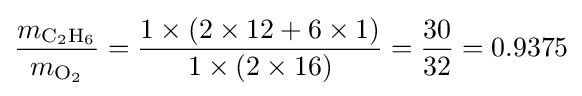
{\frac {m_{{\ce {C2H6}}}}{m_{{\ce {O2}}}}}={\frac {1\times (2\times 12+6\times 1)}{1\times (2\times 16)}}={\frac {30}{32}}=0.9375